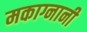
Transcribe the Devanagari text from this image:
मकाग्नानी